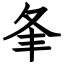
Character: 夆